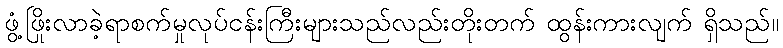
ဖွံ့ဖြိုးလာခဲ့ရာစက်မှုလုပ်ငန်းကြီးများသည်လည်းတိုးတက် ထွန်းကားလျက် ရှိသည်။